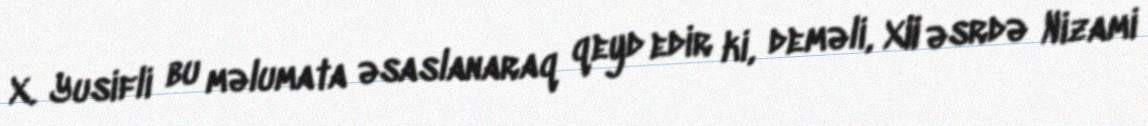
X. Yusifli bu məlumata əsaslanaraq qeyd edir ki, deməli, XII əsrdə Nizami